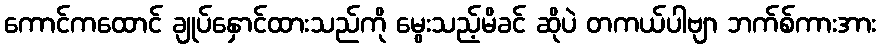
ကောင်ကထောင် ချုပ်နှောင်ထားသည်ကို မွေးသည့်မိခင် ဆိုပဲ တကယ်ပါဗျာ ဘက်စ်ကားအား